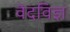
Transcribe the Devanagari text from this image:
वेदविज्ञ